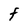
Character: F